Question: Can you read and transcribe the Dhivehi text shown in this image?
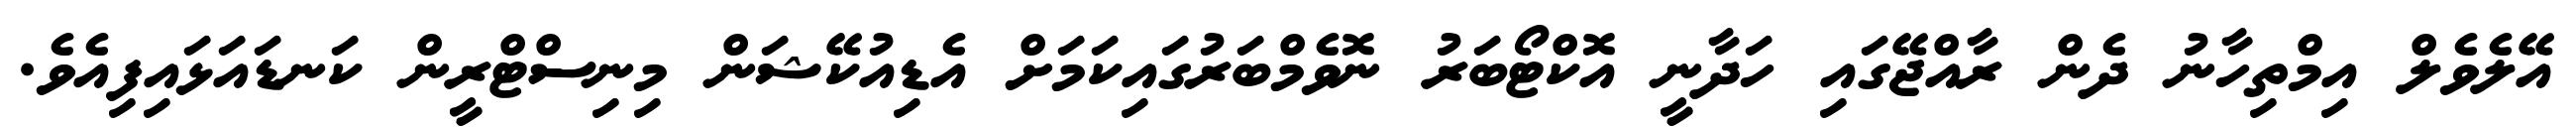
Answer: އޭލެވެލް އިމްތިހާނު ދެން ރާއްޖޭގައި ހަދާނީ އޮކްޓޯބަރު ނޮވެމްބަރުގައިކަމަށް އެޑިއުކޭޝަން މިނިސްޓްރީން ކަނޑައަޅައިފިއެވެ.